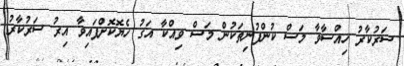
ސަރުކާރު ހިއްސާވާ މަސް ކުންފުނިތަކުން މަސް ވިއްކާ އަގު ހެޔޮކޮށްފައިވާ އިރު ސަރުކާރު